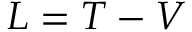
{ \cal { L } } = T - V